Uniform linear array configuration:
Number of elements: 24
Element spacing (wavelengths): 0.5
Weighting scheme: hamming
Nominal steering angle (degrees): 60
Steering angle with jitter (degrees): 61.955
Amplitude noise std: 0.05
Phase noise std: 0.05

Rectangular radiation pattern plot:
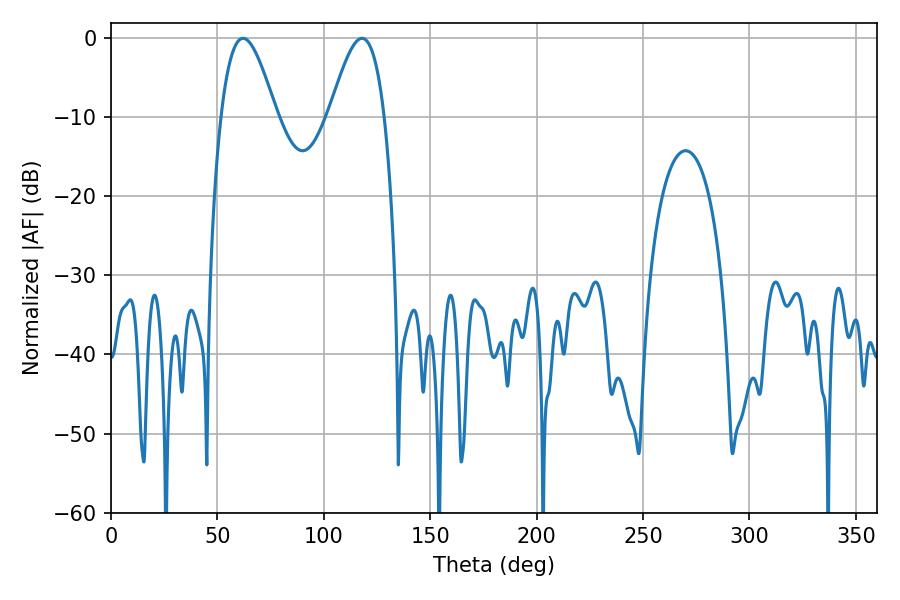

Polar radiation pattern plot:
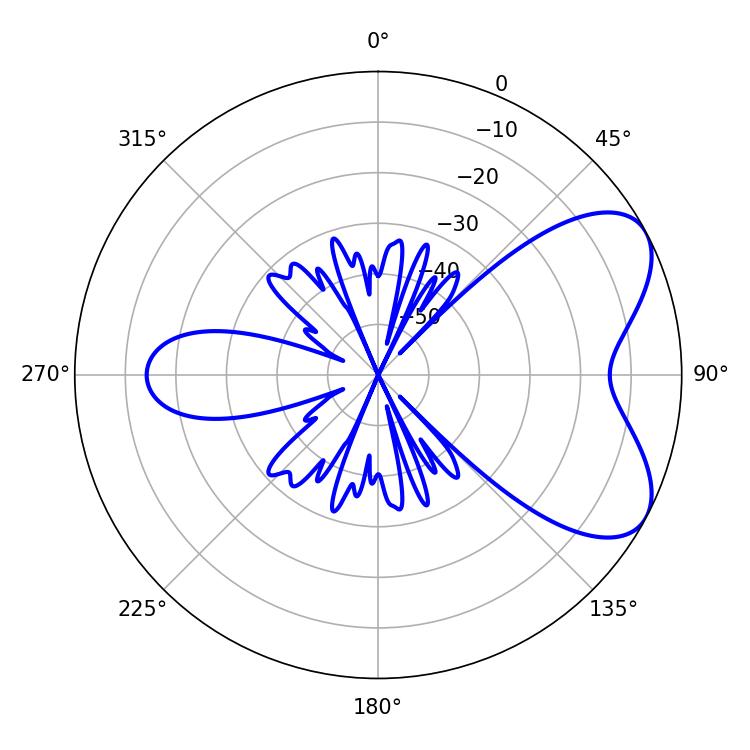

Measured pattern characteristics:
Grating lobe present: FALSE
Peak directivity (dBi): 6.214
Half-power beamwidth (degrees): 13.86
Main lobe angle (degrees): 62.1